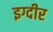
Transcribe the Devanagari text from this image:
इग्दीर